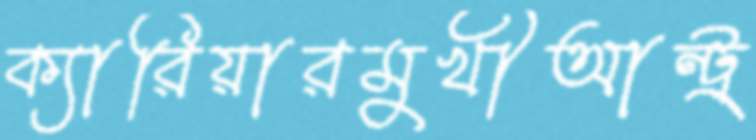
ক্যারিয়ারমুখীআন্ট্র্